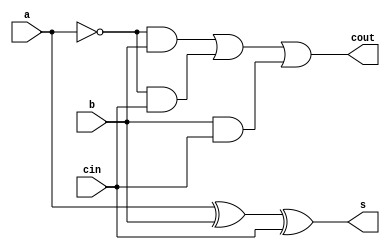
`timescale 1ns / 1ps
//////////////////////////////////////////////////////////////////////////////////
// Company: 
// Engineer: 
// 
// Design Name: 
// Module Name:    resta_0 
// Project Name: 
// Target Devices: 
// Tool versions: 
// Description: 
//
// Dependencies: 
//
// Revision: 
// Revision 0.01 - File Created
// Additional Comments: 
//
//////////////////////////////////////////////////////////////////////////////////
module resta_0(input a, b, cin, output s, cout);

assign s = a ^ b ^ cin;
assign cout = ~a & b | ~a & cin | b & cin;


endmodule